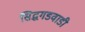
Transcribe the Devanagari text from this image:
सिद्धगडवाडी